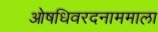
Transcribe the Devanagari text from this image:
ओषधिवरदनाममाला